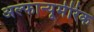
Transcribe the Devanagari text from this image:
अल्फान्यूमेरिक